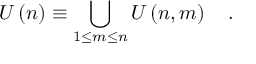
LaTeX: U \left( n \right) \equiv \bigcup _ { 1 \le m \le n } U \left( n , m \right) \quad .